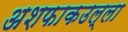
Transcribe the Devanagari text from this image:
अशफाकउल्ला